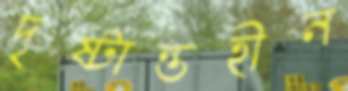
দৃষ্টান্তহীন